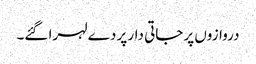
دروازوں پر جاتی دار پر دے لہرا گئے۔